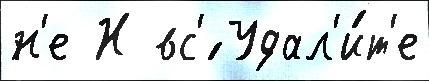
н'е Н вс'́ Удал'и́т'е